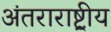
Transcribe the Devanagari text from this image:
अंतराराष्ट्रीय